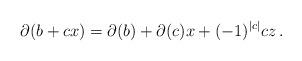
LaTeX: \begin{align*}\partial(b+cx) = \partial(b) + \partial(c)x + (-1)^{|c|}cz\,. \end{align*}